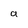
Character: a